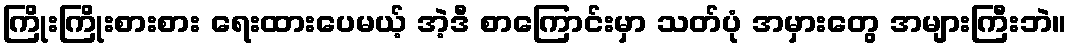
ကြိုးကြိုးစားစား ရေးထားပေမယ့် အဲ့ဒီ စာကြောင်းမှာ သတ်ပုံ အမှားတွေ အများကြီးဘဲ။